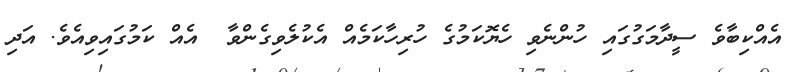
އެއްކިބާވެ ސީދާމަގުގައި ހުންނެވި ހެޔޮކަމުގެ ހުރިހާކަމެއް އެކުލެވިގެންވާ  އެއް ކަމުގައިވިއެވެ. އަދި